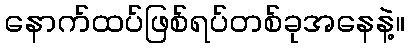
နောက်ထပ်ဖြစ်ရပ်တစ်ခုအနေနဲ့။